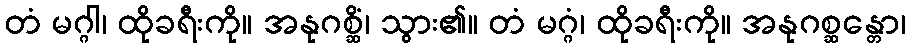
တံ မဂ္ဂါ၊ ထိုခရီးကို။ အနုဂစ္ဆိံ၊ သွား၏။ တံ မဂ္ဂံ၊ ထိုခရီးကို။ အနုဂစ္ဆန္တော၊